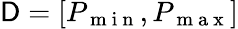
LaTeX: \mathsf{D}=[P_{\mathrm{~m~i~n~}},P_{\mathrm{~m~a~x~}}]